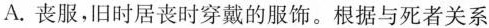
A.丧服，旧时居丧时穿戴的服饰。根据与死者关系